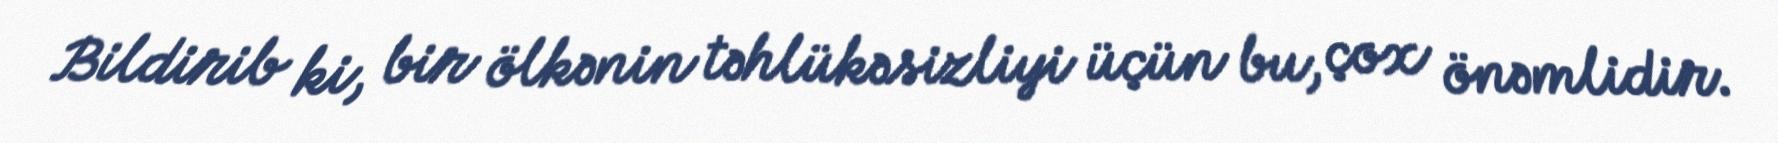
Bildirib ki, bir ölkənin təhlükəsizliyi üçün bu, çox önəmlidir.